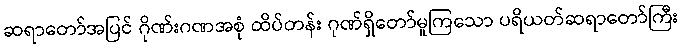
ဆရာတော်အပြင် ဂိုဏ်းဂဏအစုံ ထိပ်တန်း ဂုဏ်ရှိတော်မူကြသော ပရိယတ်ဆရာတော်ကြီး